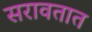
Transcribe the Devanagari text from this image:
सरावतात